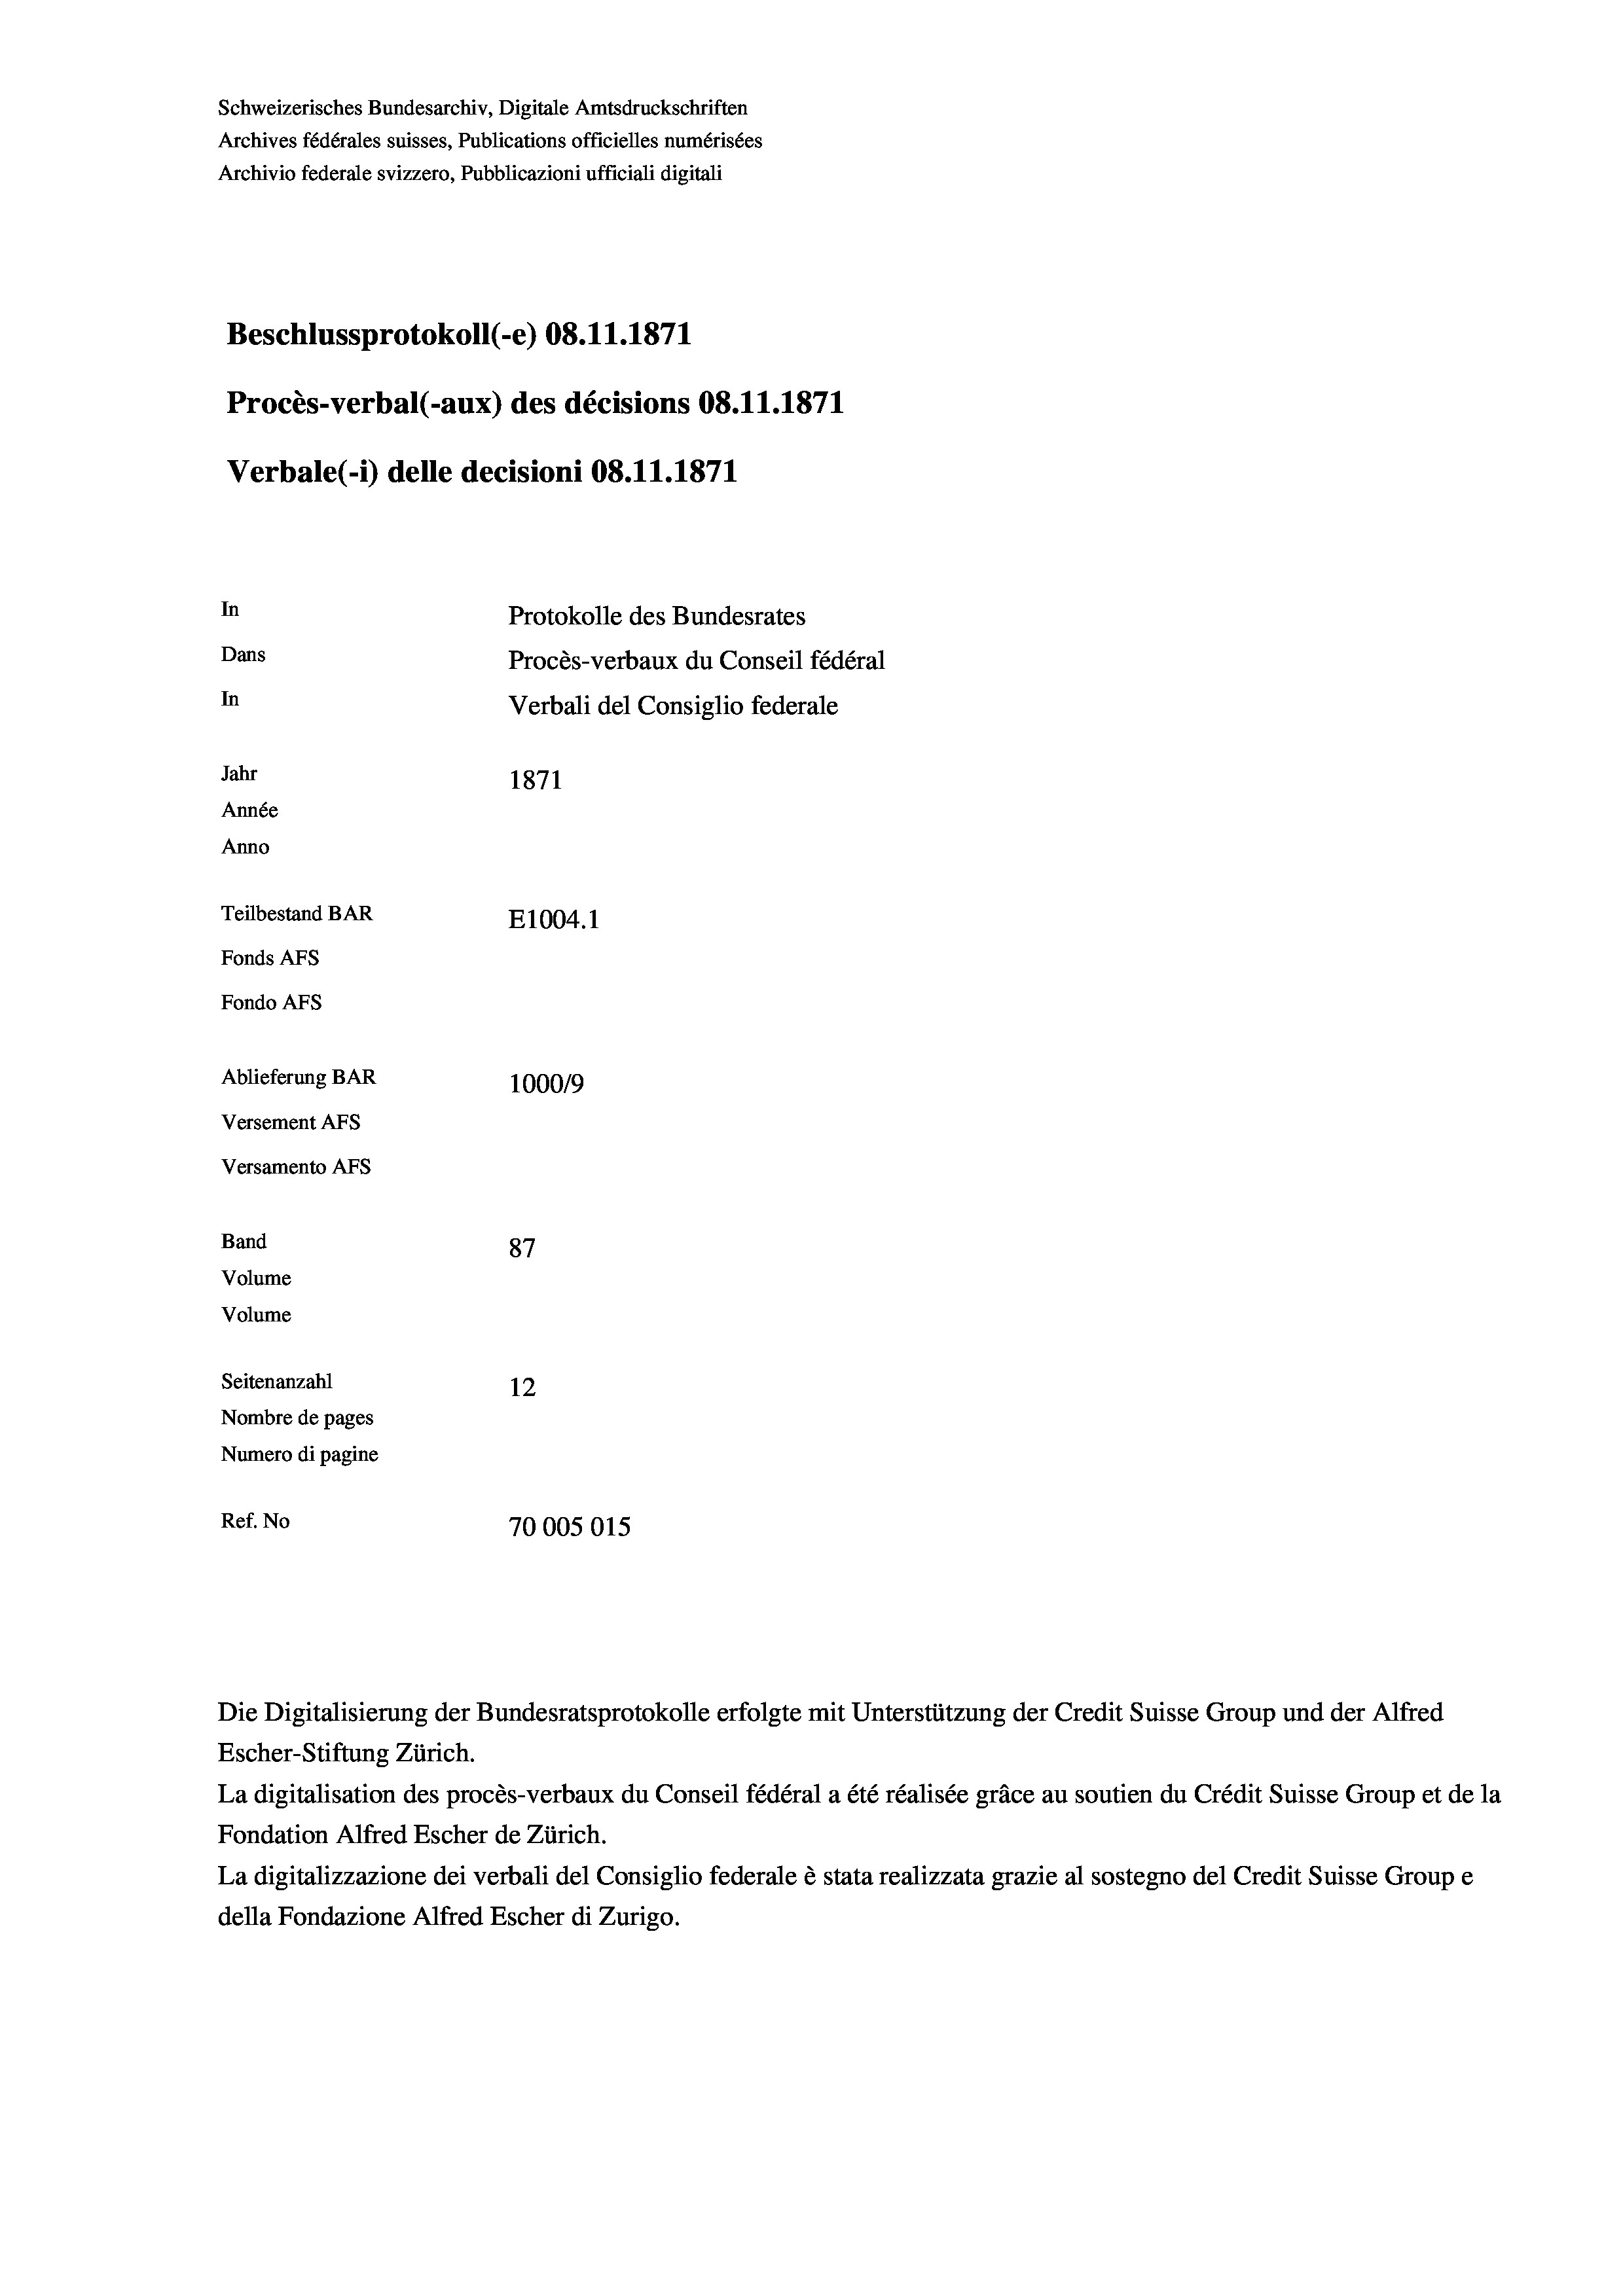
Schweizerisches Bundesarchiv, Digitale Amtsdruckschriften
Archives fédérales suisses, Publications officielles numérisées
Archivio federale svizzero, Pubblicazioni ufficiali digitali
Beschlussprotokoll (-e) 08.11.1871
Procès-verbal (-aux) des décisions 08.11.1871
Verbale (- 1) delle decisioni 08.11.1871
In
Protokolle des Bundesrates
Dans
Procès-verbaux du Conseil fédéral
In
Verbali del Consiglio federale
Jahr
1871
Année
Anno
Teilbestand BAR
E1004. 1
Fonds AFs
Fondo AFs
Ablieferung BAR
1000/9
Versement Abs
Versamento Afs
Band
87
Volume
Volume
Seitenanzahl
12
Nombre de pages
Numero di pagine
Ref. No
70005015

Die Digitalisierung der Bundesratsprotokolle erfolgte mit Unterstützung der Credit Suisse Group und der Alfred
Escher-Stiftung Zürich.
La digitalisation des procès-verbaux du Conseil fédéral a été réalisée gräce au soutien du Crédit Suisse Group et de la
Fondation Alfred Escher de Zürich.
La digitalizzazione dei verbali del Consiglio federale è stata realizzata grazie al sostegno del Credit Suisse Groupe
della Fondazione Alfred Escher di Zurigo.